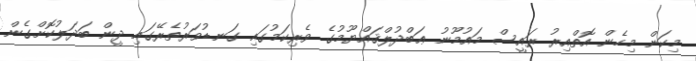
މިކަން މިހެން އޮތްއިރު ރައީސް މައުމޫނު ޢަބްދުލްޤައްޔޫމުގެ ވެރިކަމުގައި ގަނޑުވަރުތެރޭގައި ދީން ބަދަލުކޮށްގެން